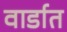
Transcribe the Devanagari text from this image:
वार्डात